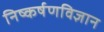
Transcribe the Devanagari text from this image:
निष्कर्षणविज्ञान